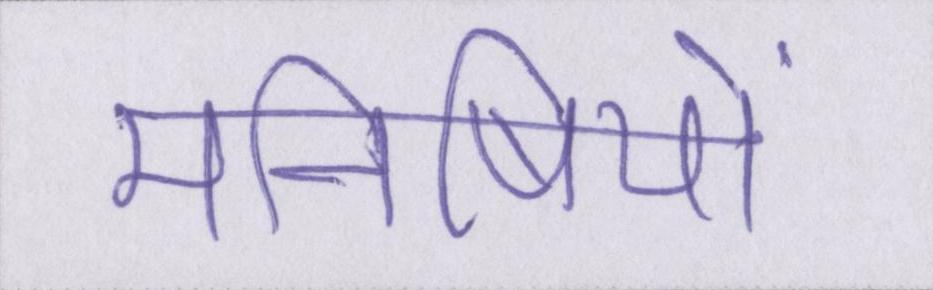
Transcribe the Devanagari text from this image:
मनीषियों